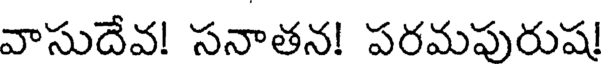
వాసుదేవ! సనాతన! పరమపురుష!